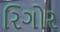
રિગોર